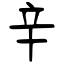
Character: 辛